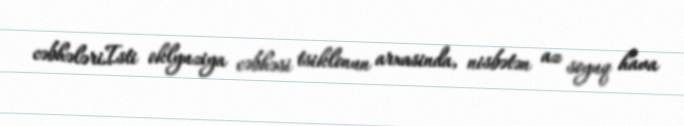
cəbhələriIsti oklyuziya cəbhəsi tsiklonun arxasinda, nisbətən az soyuq hava